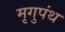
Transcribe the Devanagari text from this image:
मृगुपंथ